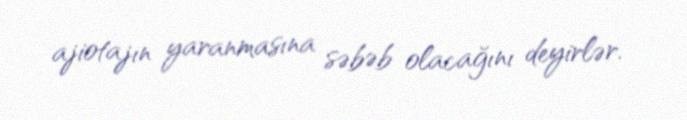
ajiotajın yaranmasına səbəb olacağını deyirlər.